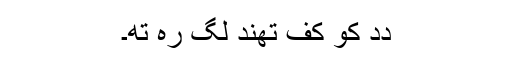
دِدِ کو کفِ تھند لگ رہِ تھِ۔